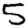
Digit: 5